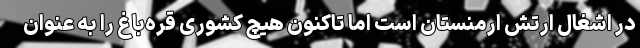
در اشغال ارتش ارمنستان است اما تاکنون هیچ کشوری قره‌باغ را به عنوان